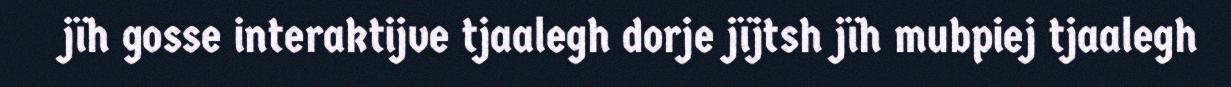
jïh gosse interaktijve tjaalegh dorje jïjtsh jïh mubpiej tjaalegh